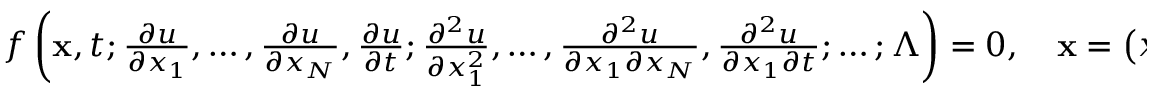
\begin{array} { r } { f \left( \mathbf { x } , t ; \frac { \partial u } { \partial x _ { 1 } } , \ldots , \frac { \partial u } { \partial x _ { N } } , \frac { \partial u } { \partial t } ; \frac { \partial ^ { 2 } u } { \partial x _ { 1 } ^ { 2 } } , \ldots , \frac { \partial ^ { 2 } u } { \partial x _ { 1 } \partial x _ { N } } , \frac { \partial ^ { 2 } u } { \partial x _ { 1 } \partial t } ; \ldots ; \boldsymbol { \Lambda } \right) = 0 , \quad \mathbf { x } = \left( x _ { 1 } , \cdots , x _ { N } \right) \in \Omega , \quad t \in [ t _ { 0 } , t _ { 1 } ] . } \end{array}